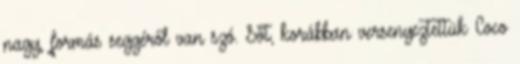
nagy, formás seggéről van szó. Sőt, korábban versenyeztettük Coco